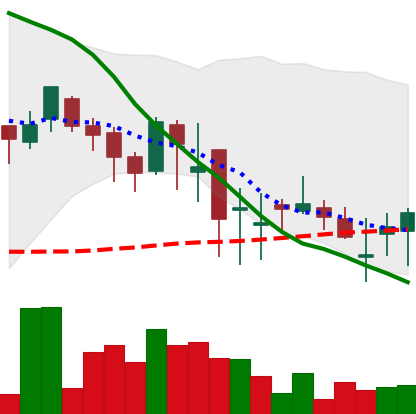
Ticker: DOGE-USD
Chart end date: 2018-05-20
Forward return: -20.552%
Label: down_7plus